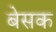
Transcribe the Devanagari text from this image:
बेसक